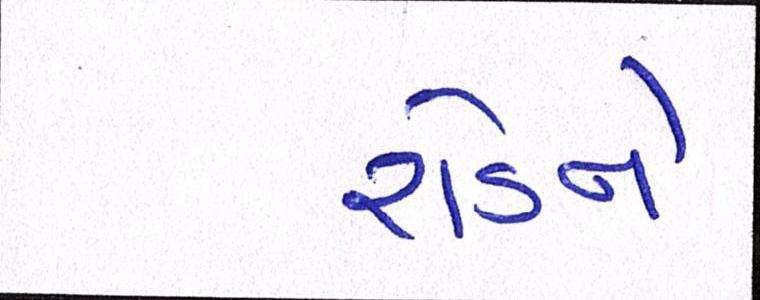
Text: રોડને